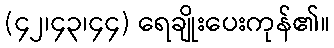
(၄၂၊၄၃၊၄၄) ရေချိုးပေးကုန်၏။